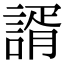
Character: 諝